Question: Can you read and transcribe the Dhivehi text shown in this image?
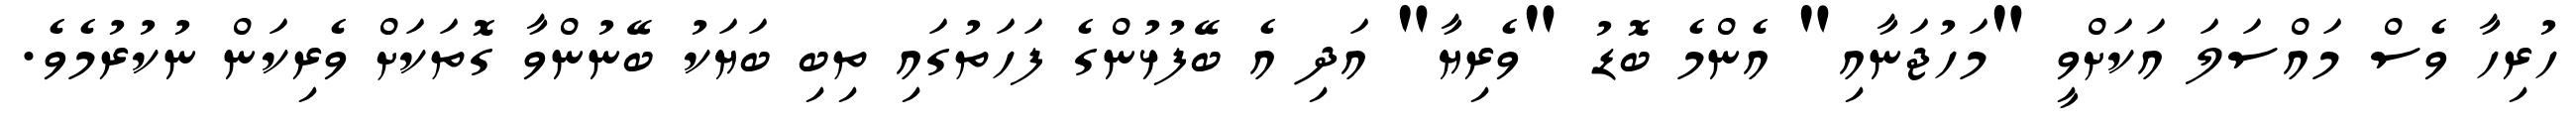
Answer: ހުރިހާ ވެސް މައްސަލަ އަކަށްވީ "މަހުޖަނާއި" އެންމެ ބޮޑު "ވެރިޔާ" އަދި އެ ބޭފުޅުންގެ ފަހަތުގައި ތިބި ބަޔަކު ބޭނުންވާ ގޮތަކަށް ވެރިކަން ނުކުރުމެވެ.